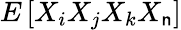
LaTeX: E\left[X_{i}X_{j}X_{k}X_{\mathsf{n}}\right]